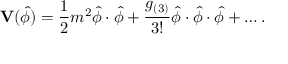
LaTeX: \mathbf { V } ( \hat { \phi } ) = \frac { 1 } { 2 } m ^ { 2 } \hat { \phi } \cdot \hat { \phi } + \frac { g _ { ( 3 ) } } { 3 ! } \hat { \phi } \cdot \hat { \phi } \cdot \hat { \phi } + \dots .